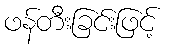
ဖန်တီးခြင်းဖြင့်